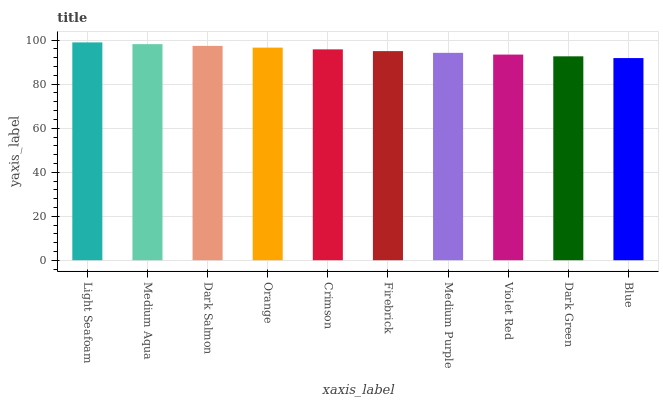
| xaxis_label | bars |
 | --- | --- |
 | Light Seafoam | 99 |
 | Medium Aqua | 98.2 |
 | Dark Salmon | 97.4 |
 | Orange | 96.6 |
 | Crimson | 95.8 |
 | Firebrick | 95 |
 | Medium Purple | 94.3 |
 | Violet Red | 93.5 |
 | Dark Green | 92.7 |
 | Blue | 91.9 |